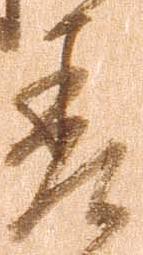
差